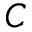
C